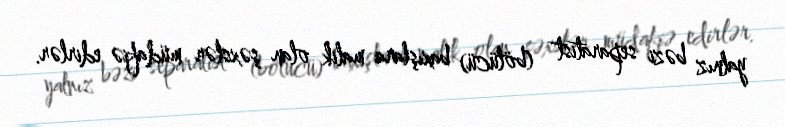
yalnız bəzi separatist (bölücü) baxışlara malik olan şəxslər müdafiə edirlər.